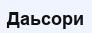
Даьсори